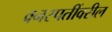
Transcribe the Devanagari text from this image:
वनस्पतींवरील